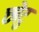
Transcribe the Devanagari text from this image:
छोटु